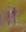
it